Indian journal of veterinary science and animal husbandry - Volume 2,
Year: 1932
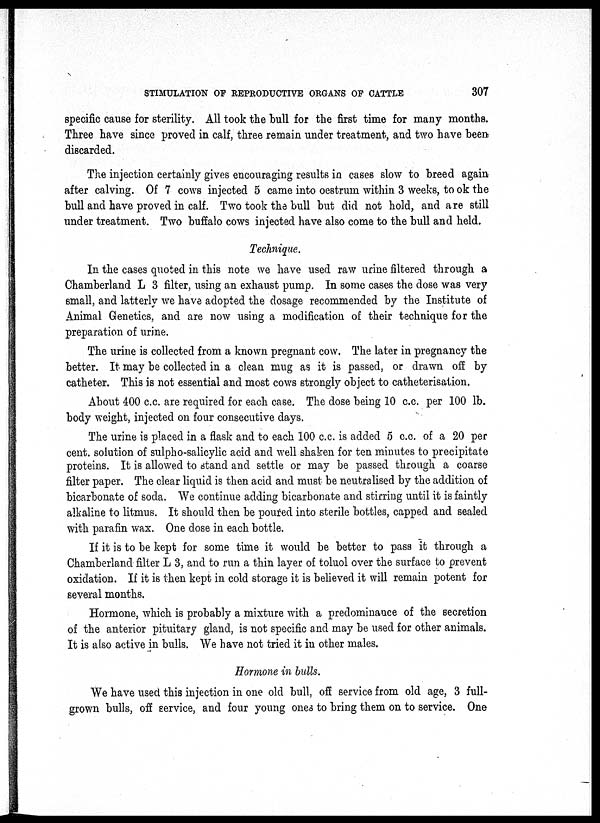
STIMULATION OF REPRODUCTIVE ORGANS OF CATTLE
307
specific cause for sterility. All took the bull for the first time for many months.
Three have since proved in calf, three remain under treatment, and two have been
discarded.
The injection certainly gives encouraging results in cases slow to breed again
after calving. Of 7 cows injected 5 came into oestrum within 3 weeks, to ok the
bull and have proved in calf. Two took the bull but did not hold, and are still
under treatment. Two buffalo cows injected have also come to the bull and held.
Technique.
In the cases quoted in this note we have used raw urine filtered through a
Chamberland L 3 filter, using an exhaust pump. In some cases the dose was very
small, and latterly we have adopted the dosage recommended by the Institute of
Animal Genetics, and are now using a modification of their technique for the
preparation of urine.
The urine is collected from a known pregnant cow. The later in pregnancy the
better. It may be collected in a clean mug as it is passed, or drawn off by
catheter. This is not essential and most cows strongly object to catheterisation.
About 400 c.c. are required for each case. The dose being 10 c.c. per 100 lb.
body weight, injected on four consecutive days.
The urine is placed in a flask and to each 100 c.c. is added 5 c.c. of a 20 per
cent. solution of sulpho-salicylic acid and well shaken for ten minutes to precipitate
proteins. It is allowed to stand and settle or may be passed through a coarse
filter paper. The clear liquid is then acid and must be neutralised by the addition of
bicarbonate of soda. We continue adding bicarbonate and stirring until it is faintly
alkaline to litmus. It should then be poured into sterile bottles, capped and sealed
with parafin wax. One dose in each bottle.
If it is to be kept for some time it would be better to pass it through a
Chamberland filter L 3, and to run a thin layer of toluol over the surface to prevent
oxidation. If it is then kept in cold storage it is believed it will remain potent for
several months.
Hormone, which is probably a mixture with a predominance of the secretion
of the anterior pituitary gland, is not specific and may be used for other animals.
It is also active in bulls. We have not tried it in other males.
Hormone in bulls.
We have used this injection in one old bull, off service from old age, 3 full-
grown bulls, off service, and four young ones to bring them on to service. One